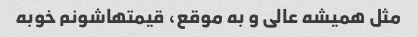
مثل همیشه عالی و به موقع، قیمتهاشونم خوبه